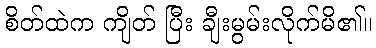
စိတ်ထဲက ကျိတ် ပြီး ချီးမွမ်းလိုက်မိ၏။